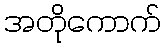
အတိုကောက်